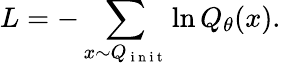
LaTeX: L=-\sum_{x\sim Q_{\mathrm{~i~n~i~t~}}}\ln Q_{\theta}(x).